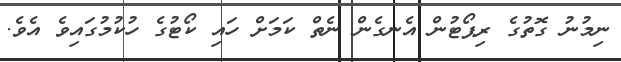
ނިމުނު ގޮތުގެ ރިޕޯޓުން އެނގެން ނެތް ކަމަށް ހައި ކޯޓުގެ ހުކުމުގައިވެ އެވެ.